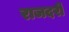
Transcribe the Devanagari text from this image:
राजदरी